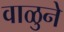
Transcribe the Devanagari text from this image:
वाळुने